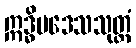
ဣဒ္ဓိပဒေသသုတ္တံ